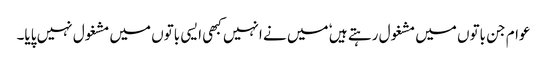
عوام جن باتوں میں مشغول رہتے ہیں ٗ میں نے انہیں کبھی ایسی باتوں میں مشغول نہیں پایا۔